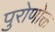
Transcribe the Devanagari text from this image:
पुरोणोक्त